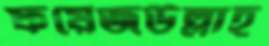
ফয়েজউল্লাহ